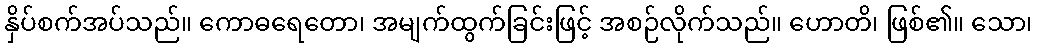
နှိပ်စက်အပ်သည်။ ကောဓရေတော၊ အမျက်ထွက်ခြင်းဖြင့် အစဉ်လိုက်သည်။ ဟောတိ၊ ဖြစ်၏။ သော၊